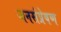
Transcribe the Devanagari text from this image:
जनसंप्रेषण